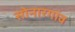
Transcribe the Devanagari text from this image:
सोनारगांव